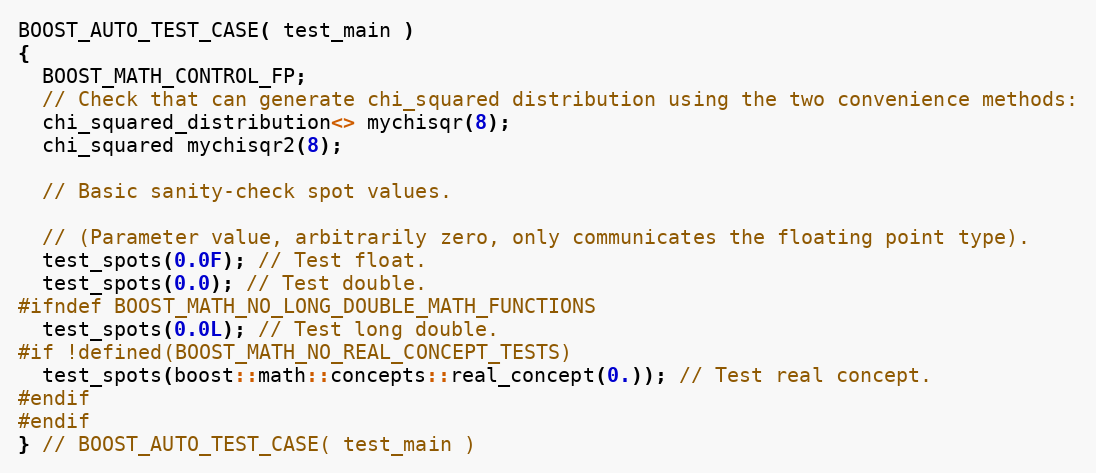
Language: C++
BOOST_AUTO_TEST_CASE( test_main )
{
  BOOST_MATH_CONTROL_FP;
  // Check that can generate chi_squared distribution using the two convenience methods:
  chi_squared_distribution<> mychisqr(8);
  chi_squared mychisqr2(8);

  // Basic sanity-check spot values.

  // (Parameter value, arbitrarily zero, only communicates the floating point type).
  test_spots(0.0F); // Test float.
  test_spots(0.0); // Test double.
#ifndef BOOST_MATH_NO_LONG_DOUBLE_MATH_FUNCTIONS
  test_spots(0.0L); // Test long double.
#if !defined(BOOST_MATH_NO_REAL_CONCEPT_TESTS)
  test_spots(boost::math::concepts::real_concept(0.)); // Test real concept.
#endif
#endif
} // BOOST_AUTO_TEST_CASE( test_main )